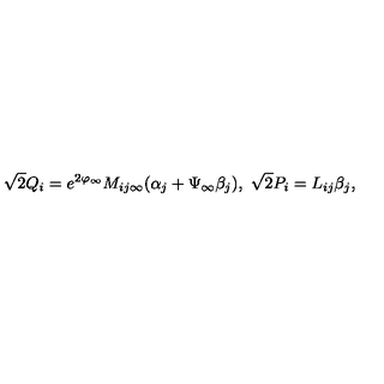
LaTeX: \sqrt { 2 } Q _ { i } = e ^ { 2 \varphi _ { \infty } } M _ { i j \infty } ( \alpha _ { j } + \Psi _ { \infty } \beta _ { j } ) , \ \sqrt { 2 } P _ { i } = L _ { i j } { \beta } _ { j } ,